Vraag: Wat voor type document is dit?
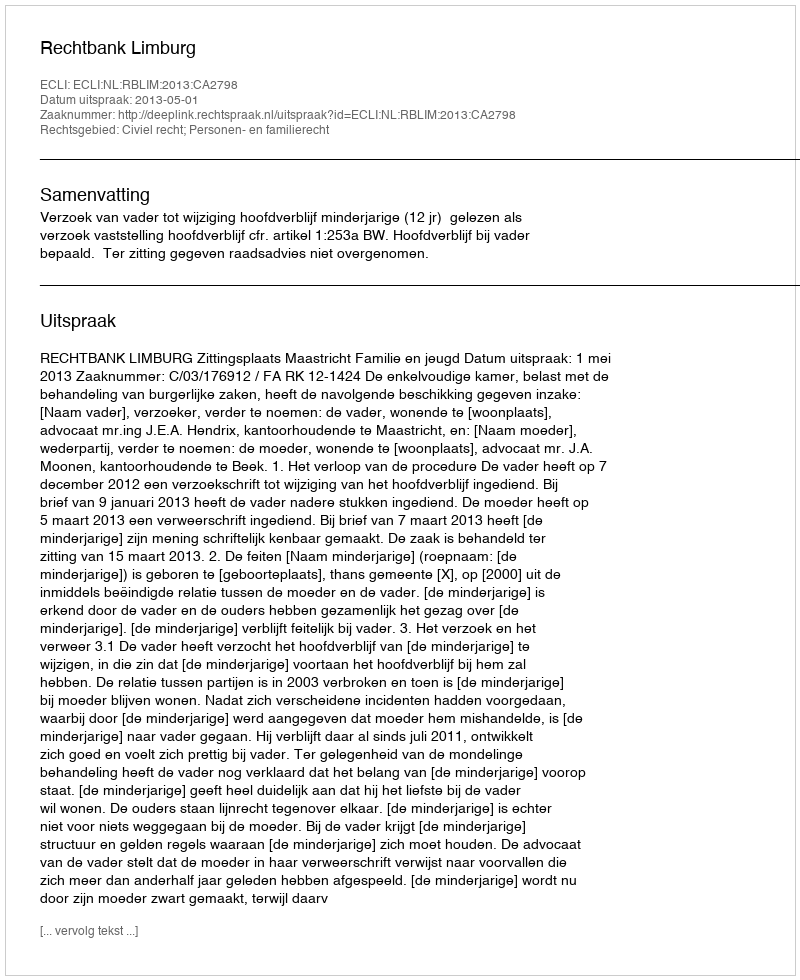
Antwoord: Uitspraak